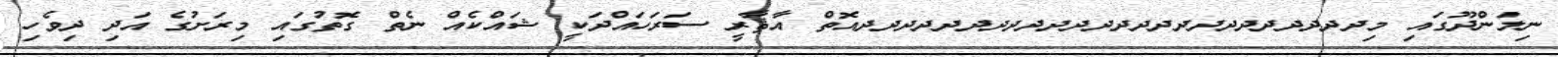
ނިލަންދޫގައި މިދދދދދދދދދދދދދދދދދދދދދދދދއޮތް އާޘާރީ ސަރަހައްދަކީ ޝައްކެއް ނެތް ގޮތުގައި މިރަށުގެ އަދި ދިވެހި